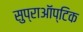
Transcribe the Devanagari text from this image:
सुप्राऑप्टिक